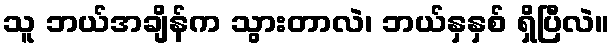
သူ ဘယ်အချိန်က သွားတာလဲ၊ ဘယ်နှနှစ် ရှိပြီလဲ။